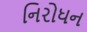
નિરોધન